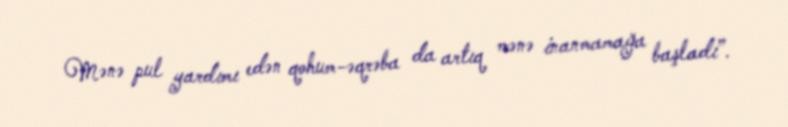
Mənə pul yardımı edən qohum-əqrəba da artıq mənə inanmamağa başladı”.